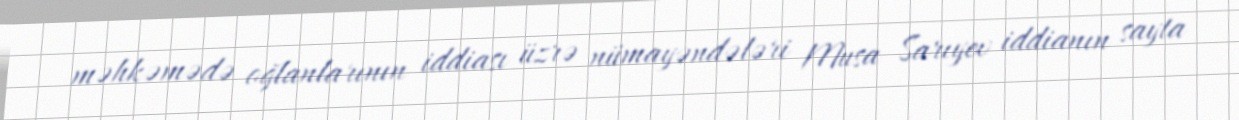
məhkəmədə oğlanlarının iddiası üzrə nümayəndələri Musa Sarıyev iddianın sayta